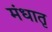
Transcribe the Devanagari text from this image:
मंधातृ